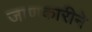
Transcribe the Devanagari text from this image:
जाणकारीने